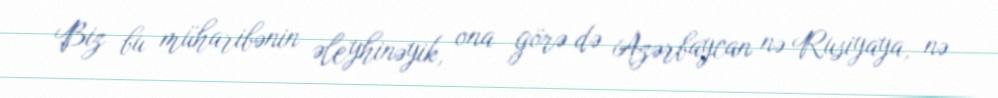
Biz bu müharibənin əleyhinəyik, ona görə də Azərbaycan nə Rusiyaya, nə